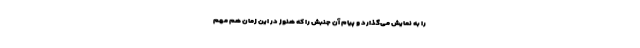
را به نمایش می‌گذارد و پیام آن جنبش را که هنوز در این زمان هم مهم